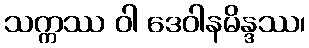
သက္ကဿ ဝါ ဒေဝါနမိန္ဒဿ၊